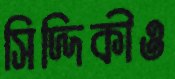
সিদ্দিকীও